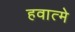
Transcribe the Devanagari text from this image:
हवात्मे